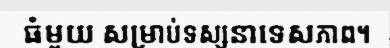
ធំមួយ សម្រាប់ទស្សនាទេសភាព។